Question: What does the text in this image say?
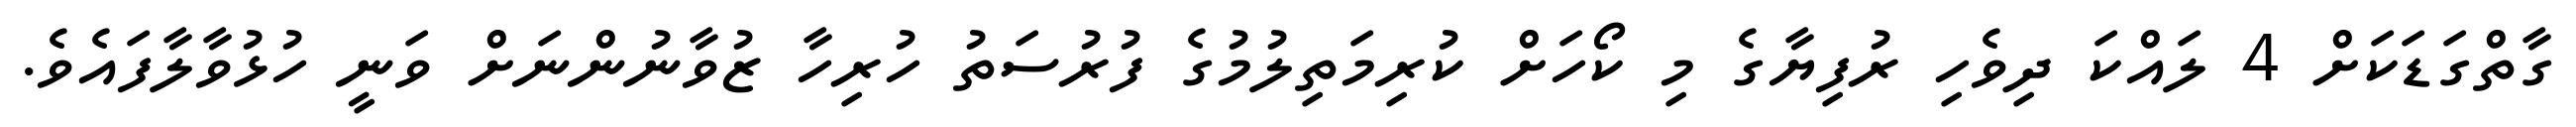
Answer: ގާތްގަޑަކަށް 4 ލައްކަ ދިވެހި ރުފިޔާގެ މި ކޯހަށް ކުރިމަތިލުމުގެ ފުރުސަތު ހުރިހާ ޒުވާނުންނަށް ވަނީ ހުޅުވާލާފައެވެ.